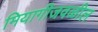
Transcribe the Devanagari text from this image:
मियागीजवळील